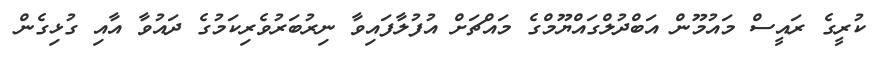
ކުރީގެ ރައީސް މައުމޫން އަބްދުލްގައްޔޫމްގެ މައްޗަށް އުފުލާފައިވާ ނިރުބަރުވެރިކަމުގެ ދައުވާ އާއި ގުޅިގެން